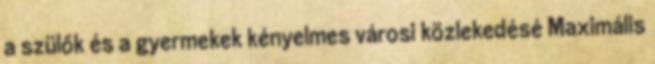
a szülők és a gyermekek kényelmes városi közlekedésé Maximális